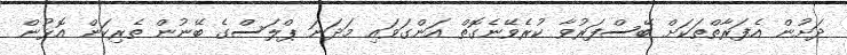
ދަށުން އެފަރާތްތަކަށް ބޭސްފަރުވާ ކުރެވޭނެގޮތް އަންގަވައި މަދަނަ ޕްލަސްގެ ބޭނުން ތެރިކަން އޮޅުން